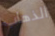
الذهاب